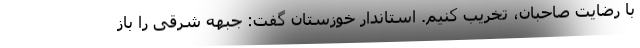
با رضایت صاحبان، تخریب کنیم. استاندار خوزستان گفت: جبهه شرقی را باز